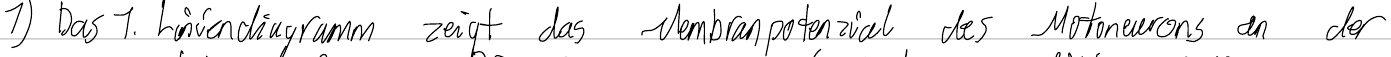
1) Das 1. Liniendiagramm zeigt das Membranpotenzial des Motoneurons an der